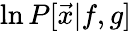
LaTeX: \ln P[\vec{x}|f,g]